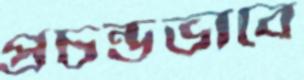
প্রচন্ডভাবে